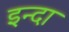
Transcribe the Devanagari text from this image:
इन्दा